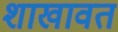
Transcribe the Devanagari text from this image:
शाखावत